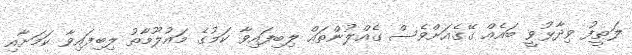
ލަޠީފު ވިދާޅުވީ ބައެއް ގޭގެއަށްވެސް ގެއްލުންތައް ލިބިފައިވާ ކަމުގެ މައުލޫމާތު ލިބިފައިވާ ކަމަށާއި